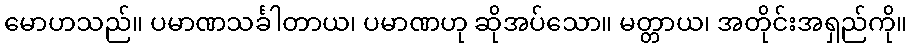
မောဟသည်။ ပမာဏသင်္ခါတာယ၊ ပမာဏဟု ဆိုအပ်သော။ မတ္တာယ၊ အတိုင်းအရှည်ကို။